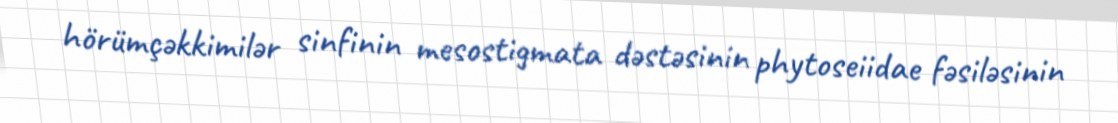
hörümçəkkimilər sinfinin mesostigmata dəstəsinin phytoseiidae fəsiləsinin